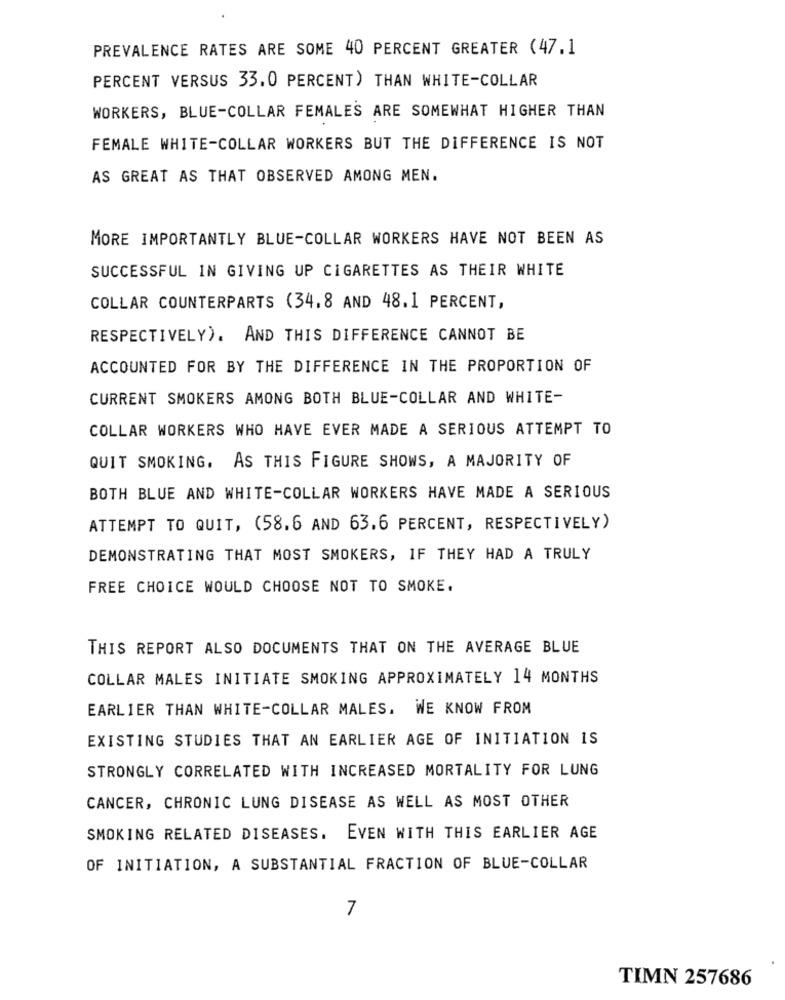
PREVALENCE RATES ARE SOME 40 PERCENT GREATER (47.1
PERCENT VERSUS 33.0 PERCENT) THAN WHITE-COLLAR
WORKERS, BLUE-COLLAR FEMALES ARE SOMEWHAT HIGHER THAN
FEMALE WHITE-COLLAR WORKERS BUT THE DIFFERENCE IS NOT
AS GREAT AS THAT OBSERVED AMONG MEN.
MORE IMPORTANTLY BLUE-COLLAR WORKERS HAVE NOT BEEN AS
SUCCESSFUL IN GIVING UP CIGARETTES AS THEIR WHITE
COLLAR COUNTERPARTS (34.8 AND 48.1 PERCENT,
RESPECTIVELY). AND THIS DIFFERENCE CANNOT BE
ACCOUNTED FOR BY THE DIFFERENCE IN THE PROPORTION OF
CURRENT SMOKERS AMONG BOTH BLUE-COLLAR AND WHITE-
COLLAR WORKERS WHO HAVE EVER MADE A SERIOUS ATTEMPT TO
QUIT SMOKING. AS THIS FIGURE SHOWS, A MAJORITY OF
BOTH BLUE AND WHITE-COLLAR WORKERS HAVE MADE A SERIOUS
ATTEMPT TO QUIT, (58.6 AND 63.6 PERCENT, RESPECTIVELY)
DEMONSTRATING THAT MOST SMOKERS, IF THEY HAD A TRULY
FREE CHOICE WOULD CHOOSE NOT TO SMOKE.
THIS REPORT ALSO DOCUMENTS THAT ON THE AVERAGE BLUE
COLLAR MALES INITIATE SMOKING APPROXIMATELY 14 MONTHS
EARLIER THAN WHITE-COLLAR MALES. WE KNOW FROM
EXISTING STUDIES THAT AN EARLIER AGE OF INITIATION IS
STRONGLY CORRELATED WITH INCREASED MORTALITY FOR LUNG
CANCER, CHRONIC LUNG DISEASE AS WELL AS MOST OTHER
SMOKING RELATED DISEASES. EVEN WITH THIS EARLIER AGE
OF INITIATION, A SUBSTANTIAL FRACTION OF BLUE-COLLAR
7
TIMN 257686